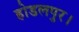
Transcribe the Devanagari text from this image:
होडलपुर।